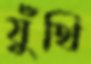
যুঁথি